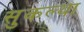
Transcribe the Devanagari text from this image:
सुकल्या